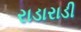
રાડારાડી